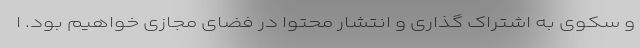
و سکوی به اشتراک گذاری و انتشار محتوا در فضای مجازی خواهیم بود. ا